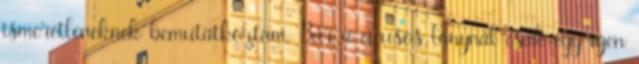
ismeretleneknek bemutatkoztam. Bár a cicusos lánynál csak egy igen